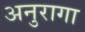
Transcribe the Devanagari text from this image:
अनुरागा